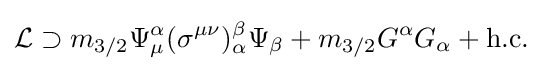
{\mathcal {L}}\supset m_{3/2}\Psi _{\mu }^{\alpha }(\sigma ^{\mu \nu })_{\alpha }^{\beta }\Psi _{\beta }+m_{3/2}G^{\alpha }G_{\alpha }+{\text{h.c.}}